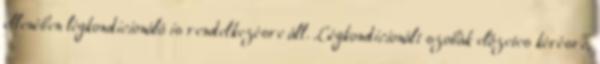
ellenében légkondicionáló is rendelkezésre áll. Légkondicionált szobák előzetes kérésre,